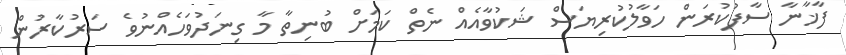
ފާޚާނާ ސާފުކުރަން ހަވާލުކުރިޔަސް ޝަކުވާއެއް ނެތް ކަމަށް ބުނިތާ މާ ގިނަދުވަހެއްނުވެ ސަރުކާރުން